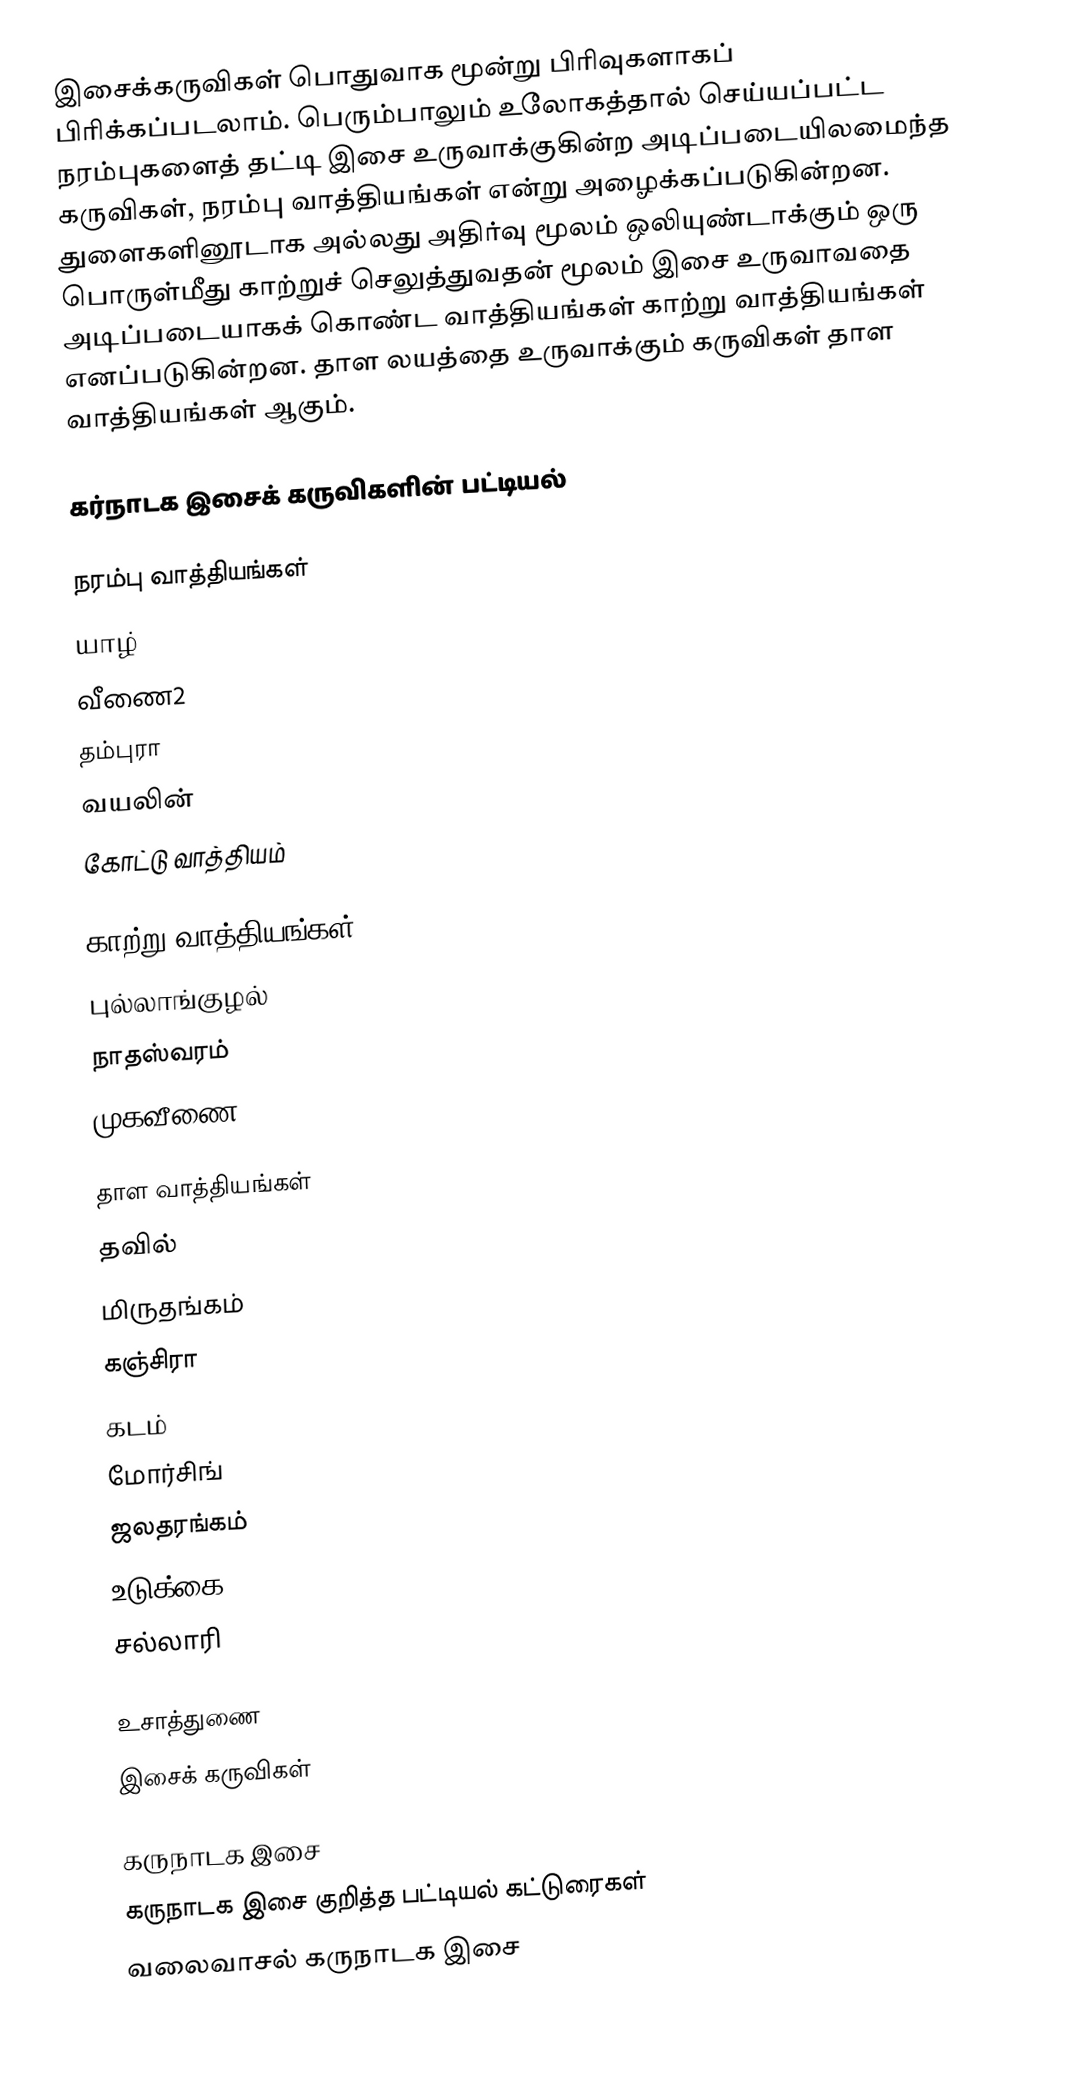
இசைக்கருவிகள் பொதுவாக மூன்று பிரிவுகளாகப் பிரிக்கப்படலாம். பெரும்பாலும் உலோகத்தால் செய்யப்பட்ட நரம்புகளைத் தட்டி இசை உருவாக்குகின்ற அடிப்படையிலமைந்த கருவிகள், நரம்பு வாத்தியங்கள் என்று அழைக்கப்படுகின்றன. துளைகளினூடாக அல்லது அதிர்வு மூலம் ஒலியுண்டாக்கும் ஒரு பொருள்மீது காற்றுச் செலுத்துவதன் மூலம் இசை உருவாவதை அடிப்படையாகக் கொண்ட வாத்தியங்கள் காற்று வாத்தியங்கள் எனப்படுகின்றன. தாள லயத்தை உருவாக்கும் கருவிகள் தாள வாத்தியங்கள் ஆகும்.

கர்நாடக இசைக் கருவிகளின் பட்டியல்

நரம்பு வாத்தியங்கள்
 யாழ்
 வீணை2
 தம்புரா
 வயலின்
கோட்டு வாத்தியம்

காற்று வாத்தியங்கள்
 புல்லாங்குழல்
 நாதஸ்வரம்
 முகவீணை

தாள வாத்தியங்கள்
 தவில்
 மிருதங்கம்
 கஞ்சிரா
 கடம்
 மோர்சிங்
 ஜலதரங்கம்
 உடுக்கை
 சல்லாரி

உசாத்துணை
இசைக் கருவிகள்

கருநாடக இசை
கருநாடக இசை குறித்த பட்டியல் கட்டுரைகள்
வலைவாசல் கருநாடக இசை